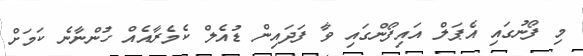
މި ފޯނުގައި އެޕަލް އައިފޯންގައި ވާ ފަދައިން ޑުއެލް ކެމެރާއެއް ހުންނާނެ ކަމަށް